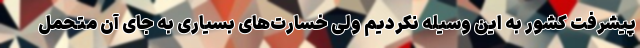
پیشرفت کشور به این وسیله نکردیم ولی خسارت‌های بسیاری به جای آن متحمل